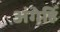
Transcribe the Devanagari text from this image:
अंगेहिँ